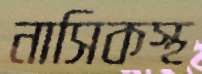
নাসিকস্থ